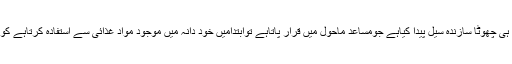
یہ خدا ہے جس نے دانہ کے اند رایک بہت ہی چھوٹا سازندہ سیل پیدا کیاہے جومساعد ماحول میں قرار پاتاہے توابتدامیں خود دانہ میں موجود مواد غذائی سے استفادہ کرتاہے کو نپل نکالتاہے اور جڑ کو مضبوط کرتاہے ۔